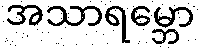
အသာရမ္ဘော